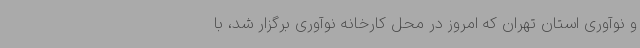
و نوآوری استان تهران که امروز در محل کارخانه نوآوری برگزار شد، با